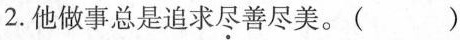
2.他做事总是追求尽善尽美。()